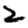
Digit: 2